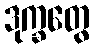
ဒုက္ခတွေ